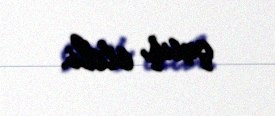
çıxış etdi.